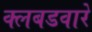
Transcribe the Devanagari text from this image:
क्लबडवारे